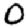
Digit: 0